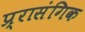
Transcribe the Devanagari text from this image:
प्र्रासंगिक